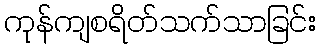
ကုန်ကျစရိတ်သက်သာခြင်း